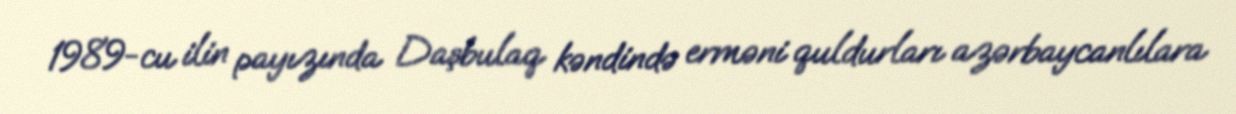
1989-cu ilin payızında Daşbulaq kəndində erməni quldurları azərbaycanlılara